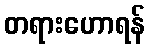
တရားဟောရန်